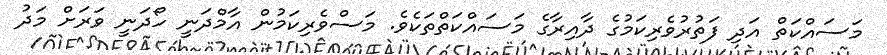
މަސައްކަތް އަދި ފަތުރުވެރިކަމުގެ ދާއިރާގެ މަސައްކަތްތަކެވެ. މަސްވެރިކަމުން އާމްދަނީ ހޯދަނީ ވަރަށް މަދު